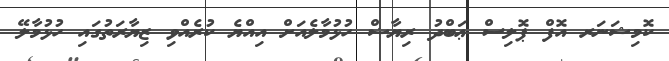
ކޮމިޝަނަރ އޮފް ޕޮލިސް ޢަބްދު ރިޔާޟް ހުޅުމާލެއަށް އިއްޔެ ކުރެއްވި ޒިޔާރަތުގައި ހުޅުމާލޭ